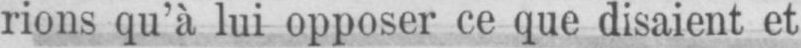
rions qu’à lui opposer ce que disaient et